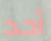
أحد